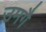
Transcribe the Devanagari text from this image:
उमगै